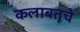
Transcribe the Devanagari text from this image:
कलाबतूचे